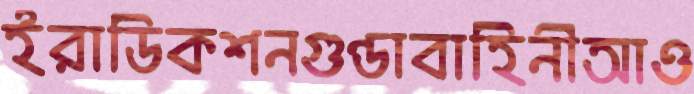
ইরাডিকশনগুণ্ডাবাহিনীআও